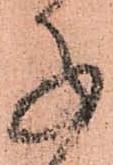
子